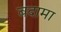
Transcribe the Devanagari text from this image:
बदामा